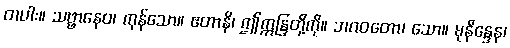
တပါး။ သဗ္ဗာနေဝ၊ ကုန်သော။ ဧတာနိ၊ ဤဣန္ဒြတို့ကို။ ဘဂဝတော၊ သော။ မုနိန္ဒေန၊